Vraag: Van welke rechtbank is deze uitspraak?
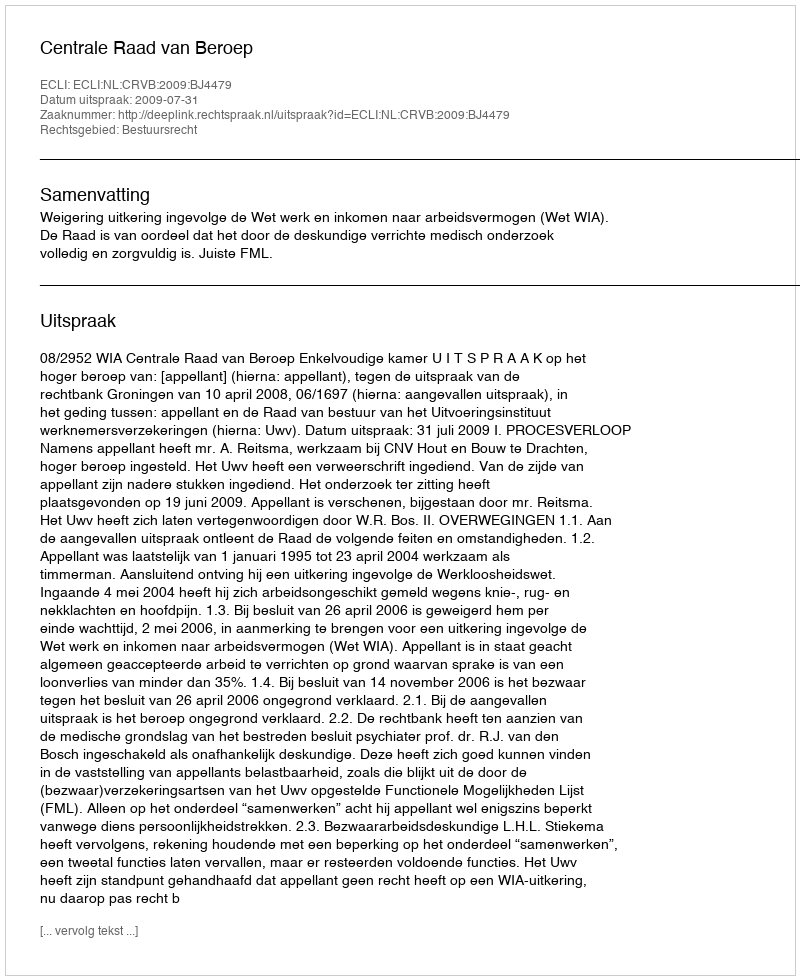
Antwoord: Centrale Raad van Beroep